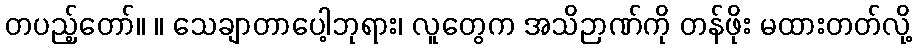
တပည့်တော်။ ။ သေချာတာပေါ့ဘုရား၊ လူတွေက အသိဉာဏ်ကို တန်ဖိုး မထားတတ်လို့